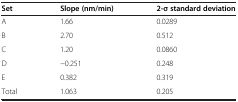
<table><thead><tr><td><b>Set</b></td><td><b>Slope (nm/min)</b></td><td><b>2-σ standard deviation</b></td></tr></thead><tbody><tr><td>A</td><td>1.66</td><td>0.0289</td></tr><tr><td>B</td><td>2.70</td><td>0.512</td></tr><tr><td>C</td><td>1.20</td><td>0.0860</td></tr><tr><td>D</td><td>−0.251</td><td>0.248</td></tr><tr><td>E</td><td>0.382</td><td>0.319</td></tr><tr><td>Total</td><td>1.063</td><td>0.205</td></tr></tbody></table>